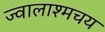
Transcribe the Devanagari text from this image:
ज्वालाश्मचय